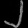
Digit: ၂